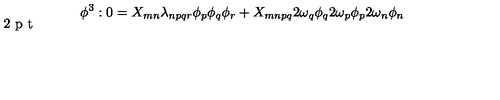
\phi ^ { 3 } : 0 = X _ { m n } \lambda _ { n p q r } \phi _ { p } \phi _ { q } \phi _ { r } + X _ { m n p q } 2 \omega _ { q } \phi _ { q } 2 \omega _ { p } \phi _ { p } 2 \vspace { - 1 2 p t } \omega _ { n } \phi _ { n }